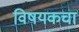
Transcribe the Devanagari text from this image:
विषयकचा